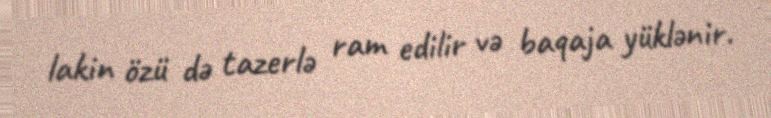
lakin özü də tazerlə ram edilir və baqaja yüklənir.